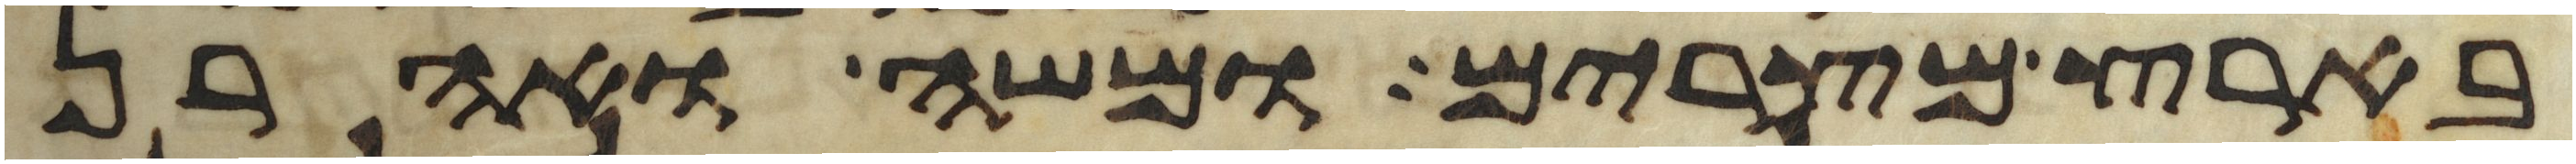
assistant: בארץ מצרים ומשה ואהרן